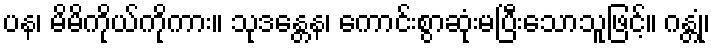
ပန၊ မိမိကိုယ်ကိုကား။ သုဒန္တေန၊ ကောင်းစွာဆုံးမပြီးသောသူဖြင့်။ ဂန္တုံ၊